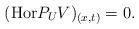
LaTeX: \begin{align*} (\mbox{Hor}P_UV)_{(x,t)} = 0. \end{align*}